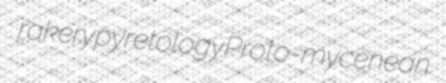
rakery pyretology Proto-mycenean